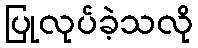
ပြုလုပ်ခဲ့သလို